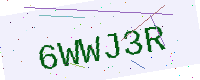
Text: 6WWJ3R